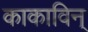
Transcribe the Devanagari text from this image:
काकाविन्